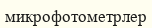
микрофотометрлер